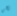
نحن